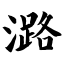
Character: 潞